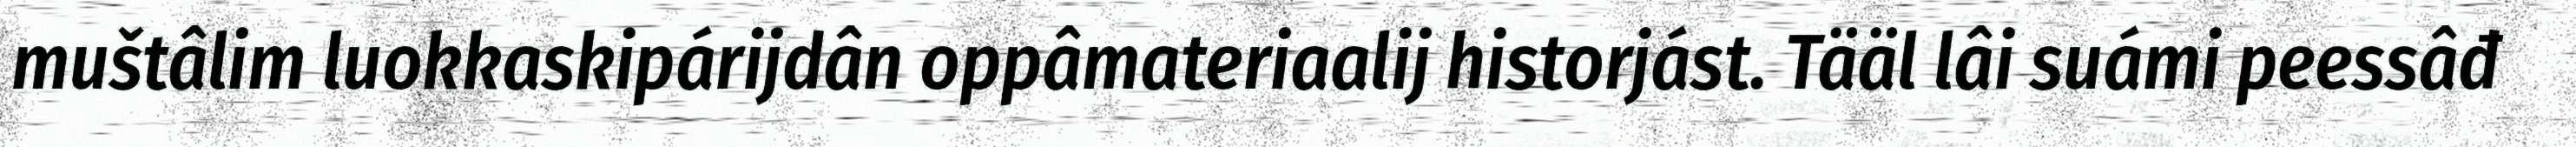
muštâlim luokkaskipárijdân oppâmateriaalij historjást. Tääl lâi suámi peessâđ